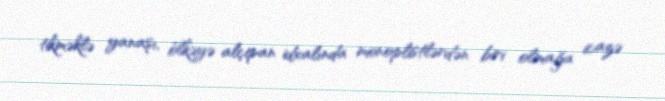
tikməklə yanaşı, ölkəyə alçipan idxalında monoplistlərdən biri olmağa icazə